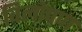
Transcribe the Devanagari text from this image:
विलोपण